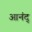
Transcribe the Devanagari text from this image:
आनंद्